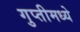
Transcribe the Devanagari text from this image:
गुप्तीमध्ये